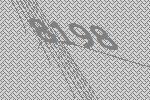
8198